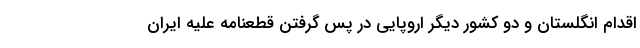
اقدام انگلستان و دو کشور دیگر اروپایی در پس گرفتن قطعنامه علیه ایران